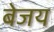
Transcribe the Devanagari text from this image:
बेजय